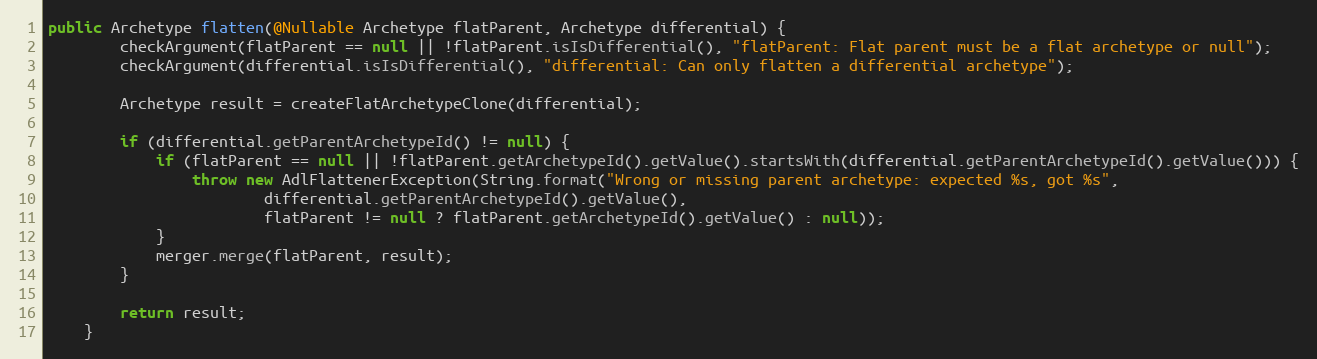
Language: Java
public Archetype flatten(@Nullable Archetype flatParent, Archetype differential) {
        checkArgument(flatParent == null || !flatParent.isIsDifferential(), "flatParent: Flat parent must be a flat archetype or null");
        checkArgument(differential.isIsDifferential(), "differential: Can only flatten a differential archetype");

        Archetype result = createFlatArchetypeClone(differential);

        if (differential.getParentArchetypeId() != null) {
            if (flatParent == null || !flatParent.getArchetypeId().getValue().startsWith(differential.getParentArchetypeId().getValue())) {
                throw new AdlFlattenerException(String.format("Wrong or missing parent archetype: expected %s, got %s",
                        differential.getParentArchetypeId().getValue(),
                        flatParent != null ? flatParent.getArchetypeId().getValue() : null));
            }
            merger.merge(flatParent, result);
        }

        return result;
    }